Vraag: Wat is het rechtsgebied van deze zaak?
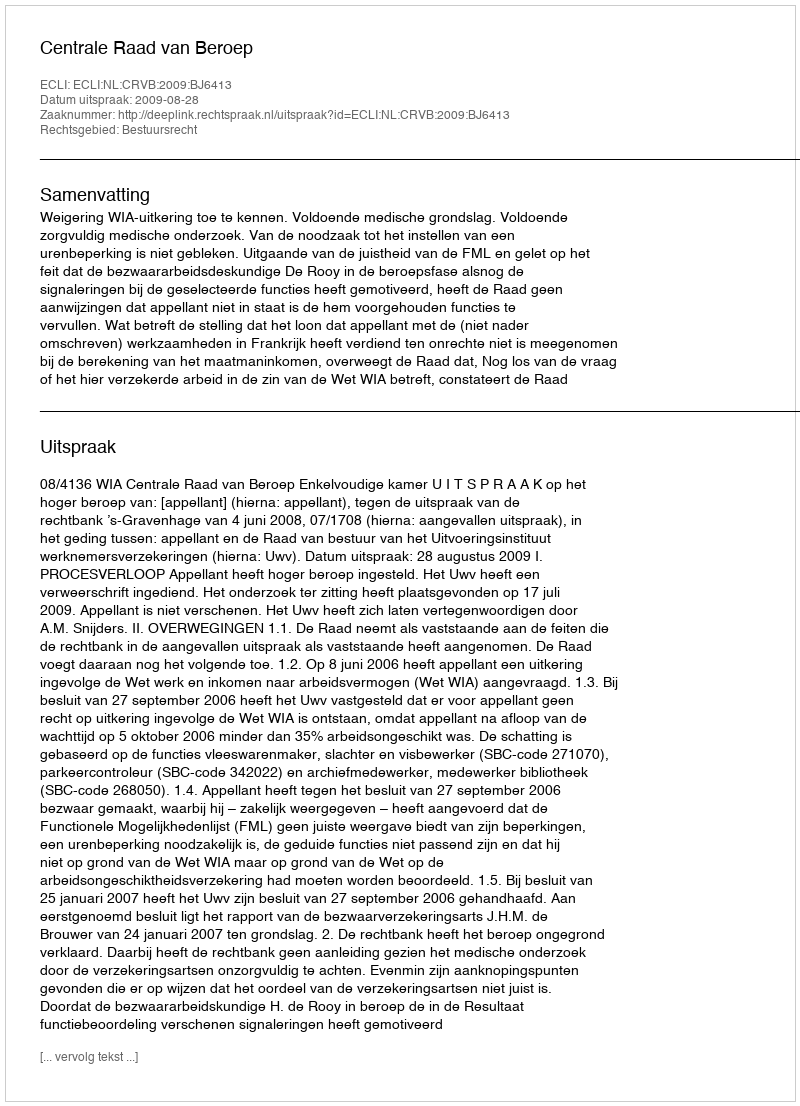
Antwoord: Bestuursrecht